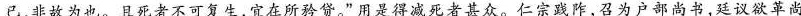
已，非故为也。且死者不可复生，宜在所矜贷。”用是得减死者甚众。仁宗\underset{·}{践}\underset{·}{阼}，召为户部尚书，廷议欲革尚